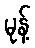
မုန့်